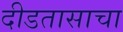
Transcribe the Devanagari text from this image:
दीडतासाचा